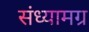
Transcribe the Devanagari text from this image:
संध्यामग्र